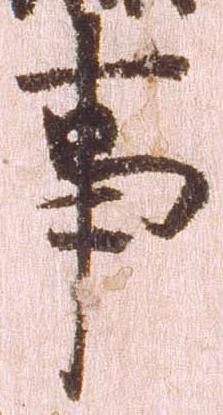
事